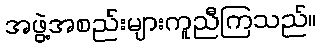
အဖွဲ့အစည်းများကူညီကြသည်။